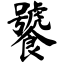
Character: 饕